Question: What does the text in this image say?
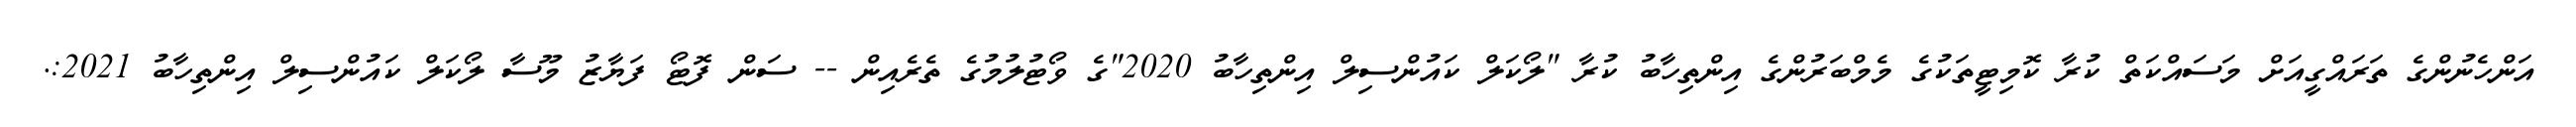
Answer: އަންހެނުންގެ ތަރައްގީއަށް މަސައްކަތް ކުރާ ކޮމިޓީތަކުގެ މެމްބަރުންގެ އިންތިހާބު ކުރާ "ލޯކަލް ކައުންސިލް އިންތިހާބު 2020"ގެ ވޯޓުލުމުގެ ތެރެއިން -- ސަން ފޮޓޯ ފަޔާޒު މޫސާ ލޯކަލް ކައުންސިލް އިންތިހާބު 2021:.